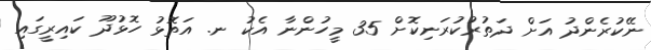
ނޭކުރެންދު އަށް ދަތުރުކުރަނިކޮށް 35 މީހުންނާ އެކު ނ. އަތޮޅު ހޮޅުދޫ ކައިރީގައި